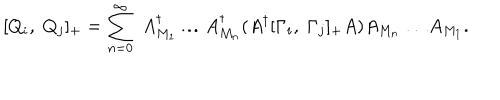
[ Q _ { i } , \; Q _ { j } ] _ { + } = \sum _ { n = 0 } ^ { \infty } \; A _ { M _ { 1 } } ^ { \dagger } \ldots A _ { M _ { n } } ^ { \dagger } ( A ^ { \dagger } [ \Gamma _ { i } , \; \Gamma _ { j } ] _ { + } A ) A _ { M _ { n } } \ldots A _ { M _ { 1 } } .